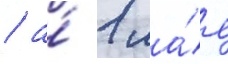
/ а́ 1 ма́я